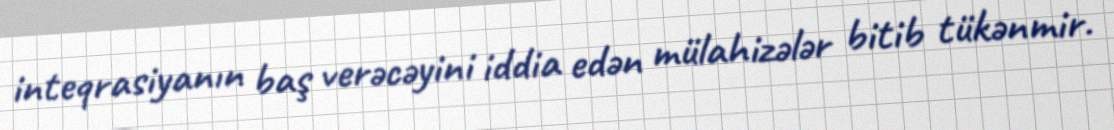
inteqrasiyanın baş verəcəyini iddia edən mülahizələr bitib tükənmir.